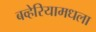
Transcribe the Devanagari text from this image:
बव्हेरियामधला